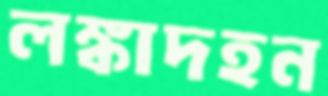
লঙ্কাদহন